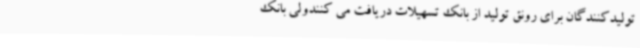
تولیدکنندگان برای رونق تولید از بانک تسهیلات دریافت می کنندولی بانک